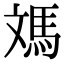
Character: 𩢌